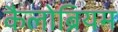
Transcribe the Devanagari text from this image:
कैलोब्रियम